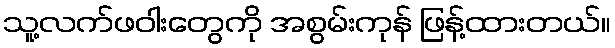
သူ့လက်ဖဝါးတွေကို အစွမ်းကုန် ဖြန့်ထားတယ်။